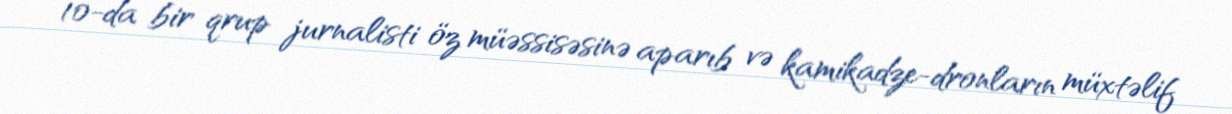
10-da bir qrup jurnalisti öz müəssisəsinə aparıb və kamikadze-dronların müxtəlif